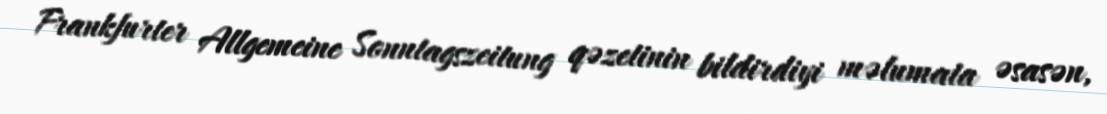
Frankfurter Allgemeine Sonntagszeitung qəzetinin bildirdiyi məlumata əsasən,